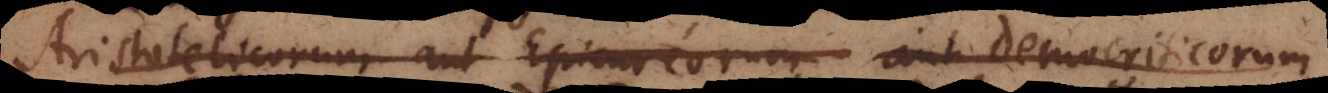
Aristotelicorum aut Epicureorum aut Democriticorum